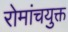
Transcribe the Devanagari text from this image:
रोमांचयुक्त